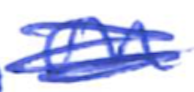
Text: on
Cross-out: scratch
Writing tool: ballpoint